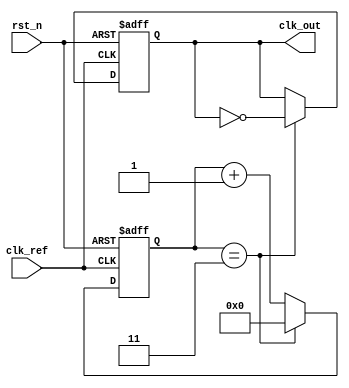
module parameterized_PLL #(
    parameter INPUT_FREQ_MIN = 1_000,    // Minimum input frequency in Hz
    parameter INPUT_FREQ_MAX = 100_000,   // Maximum input frequency in Hz
    parameter OUTPUT_FREQ_MIN = 1_000,     // Minimum output frequency in Hz
    parameter OUTPUT_FREQ_MAX = 100_000,    // Maximum output frequency in Hz
    parameter FEEDBACK_DIV_RATIO = 4,      // Feedback divider ratio
    parameter REFERENCE_DIV_RATIO = 1,      // Reference divider ratio
    parameter VCO_GAIN = 10,                // VCO gain (frequency deviation per unit control voltage)
    parameter LPF_TIME_CONSTANT = 10        // Low-pass filter time constant
)(
    input wire clk_ref,                     // Reference clock input
    input wire rst_n,                       // Active low reset
    output reg clk_out                      // Output clock
);

    // Internal signals
    reg [31:0] phase_detector_output;       // Output of phase detector
    reg [31:0] lpf_output;                  // Output of low-pass filter
    reg [31:0] vco_output;                  // Output of VCO
    reg [31:0] feedback_divider;            // Feedback divider counter
    reg [31:0] reference_divider;           // Reference divider counter
    reg [31:0] control_voltage;              // Control voltage for VCO

    // Phase Detector (XOR type for simplicity)
    always @(posedge clk_ref or negedge rst_n) begin
        if (!rst_n) begin
            phase_detector_output <= 0;
        end else begin
            // Simple phase detector logic (XOR)
            phase_detector_output <= (clk_ref ^ clk_out) ? 1 : 0;
        end
    end

    // Low-Pass Filter (simple first-order)
    always @(posedge clk_ref or negedge rst_n) begin
        if (!rst_n) begin
            lpf_output <= 0;
        end else begin
            lpf_output <= (lpf_output * (LPF_TIME_CONSTANT - 1) + phase_detector_output) / LPF_TIME_CONSTANT;
        end
    end

    // Voltage-Controlled Oscillator (VCO)
    always @(posedge clk_ref or negedge rst_n) begin
        if (!rst_n) begin
            vco_output <= 0;
        end else begin
            // Control voltage affects the frequency of the VCO
            control_voltage <= lpf_output * VCO_GAIN;
            // Update VCO output based on control voltage (simplified)
            vco_output <= control_voltage; // In a real design, this would be more complex
        end
    end

    // Feedback Divider
    always @(posedge clk_ref or negedge rst_n) begin
        if (!rst_n) begin
            feedback_divider <= 0;
            clk_out <= 0;
        end else begin
            if (feedback_divider == FEEDBACK_DIV_RATIO - 1) begin
                clk_out <= ~clk_out; // Toggle output clock
                feedback_divider <= 0; // Reset counter
            end else begin
                feedback_divider <= feedback_divider + 1;
            end
        end
    end

    // Reference Divider (optional)
    always @(posedge clk_ref or negedge rst_n) begin
        if (!rst_n) begin
            reference_divider <= 0;
        end else begin
            if (reference_divider == REFERENCE_DIV_RATIO - 1) begin
                reference_divider <= 0; // Reset counter
            end else begin
                reference_divider <= reference_divider + 1;
            end
        end
    end

endmodule